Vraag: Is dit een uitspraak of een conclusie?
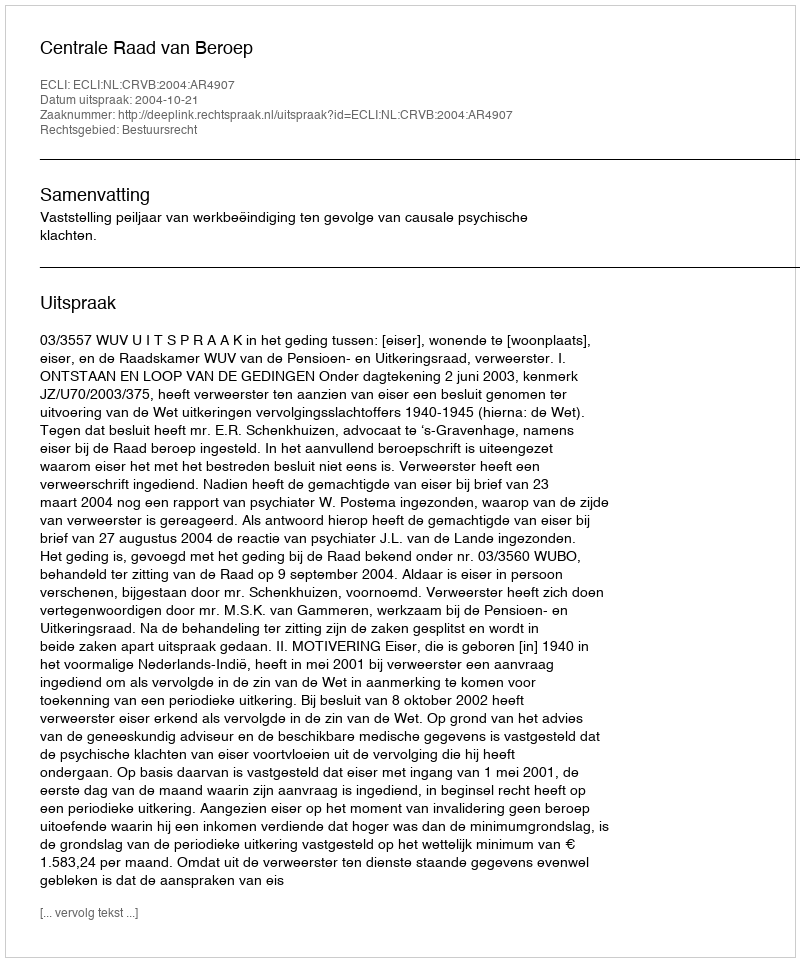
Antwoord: Uitspraak